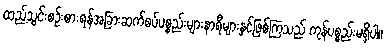
ထည့်သွင်းစဉ်းစားရန်အခြားဆက်စပ်ပစ္စည်းများနာရီများနှင့်ဖြစ်ကြသည် ကုန်ပစ္စည်းမရှိပါ။